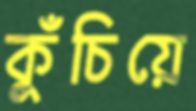
কুঁচিয়ে